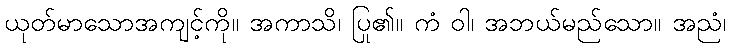
ယုတ်မာသောအကျင့်ကို။ အကာသိ၊ ပြု၏။ ကံ ဝါ၊ အဘယ်မည်သော။ အညံ၊